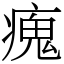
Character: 瘣